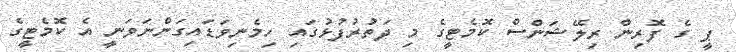
ޕީ ގެ ފޮރިން ރިލޭޝަންސް ކޮމެޓީގެ މި ދަތުރުފުޅުގައި ހިމެނިވަޑައިގަންނަވަނީ އެ ކޮމެޓީގެ